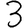
Digit: 3